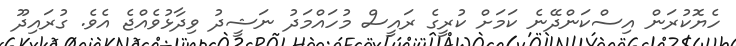
ހެޔޮކުރަން އިސްކަންދޭނެ ކަމަށް ކުރީގެ ރައީސް މުހައްމަދު ނަޝީދު ވިދާޅުވެއްޖެ އެވެ. ގުރައިދޫ